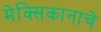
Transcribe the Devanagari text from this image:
मेक्सिकानाचे